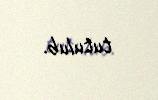
tutulub.